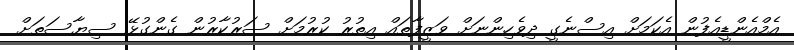
އެމްއެންޑީއެފުން އެކަމަށް އިސްނެގީ ދިވެހިންނަށް ވަޒީފާތައް އިތުރު ކުރުމަށް ސަރުކާރުން ގެންގުޅޭ ސިޔާސަތަށް